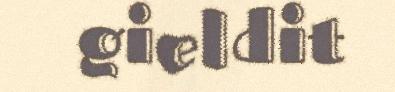
gieldit